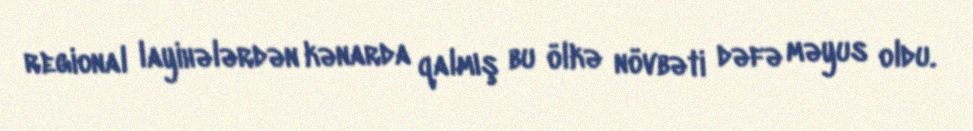
regional layihələrdən kənarda qalmış bu ölkə növbəti dəfə məyus oldu.